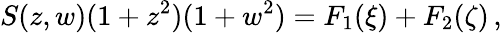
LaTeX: S(z,w)(1+z^{2})(1+w^{2})=F_{1}(\xi)+F_{2}(\zeta)\, ,